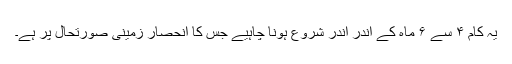
یہ کام ۴ سے ۶ ماہ کے اندر اندر شروع ہونا چاہیے جس کا انحصار زمینی صورتحال پر ہے۔